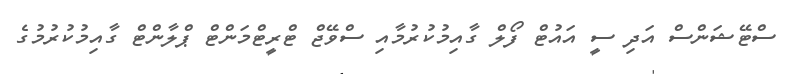
ސްޓޭޝަންސް އަދި ސީ އައުޓް ފޯލް ގާއިމުކުރުމާއި ސްވޭޖް ޓްރީޓްމަންޓް ޕްލާންޓް ގާއިމުކުރުމުގެ